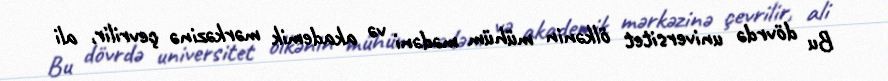
Bu dövrdə universitet ölkənin mühüm mədəni və akademik mərkəzinə çevrilir, ali